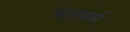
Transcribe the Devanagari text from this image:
बारबर्स